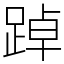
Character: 踔